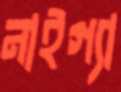
নাইগ্যা